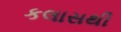
કલાસથી